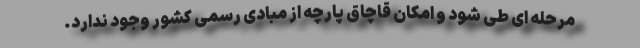
مرحله ای طی شود و امکان قاچاق پارچه از مبادی رسمی کشور وجود ندارد.